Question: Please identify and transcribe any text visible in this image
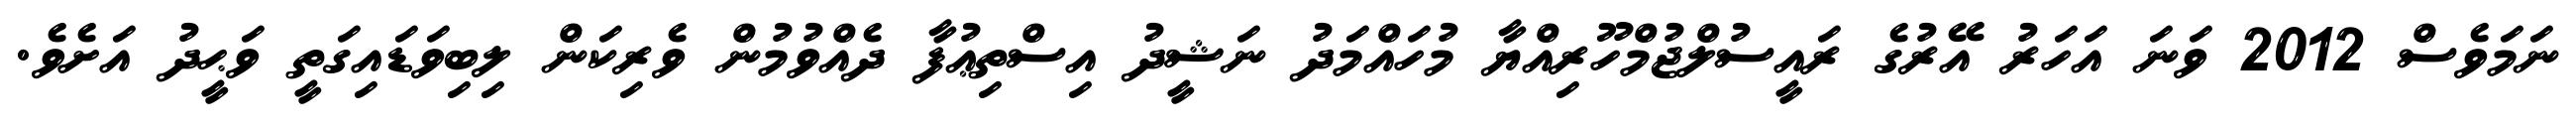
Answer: ނަމަވެސް 2012 ވަނަ އަހަރު އޭރުގެ ރައީސުލްޖުމްހޫރިއްޔާ މުހައްމަދު ނަޝީދު އިސްތިޢުފާ ދެއްވުމުން ވެރިކަން ލިބިވަޑައިގަތީ ވަޙީދު އަށެވެ.